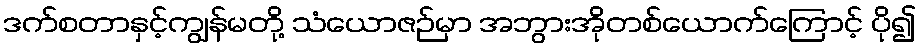
ဒက်စတာနှင့်ကျွန်မတို့ သံယောဇဉ်မှာ အဘွားအိုတစ်ယောက်ကြောင့် ပို၍